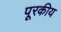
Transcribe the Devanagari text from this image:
पूरकीय